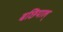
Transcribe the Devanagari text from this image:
बछियाल्